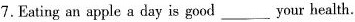
7.Eating an apple a day is good ___ your health.